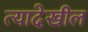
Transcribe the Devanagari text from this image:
त्यादेखील